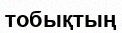
тобықтың